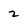
Character: 2